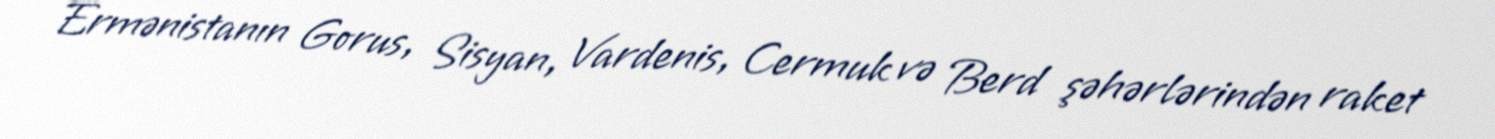
Ermənistanın Gorus, Sisyan, Vardenis, Cermuk və Berd şəhərlərindən raket